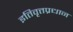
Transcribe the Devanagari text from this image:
इतिवृत्तप्रधान